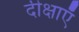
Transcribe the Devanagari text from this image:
दीक्षाएँ